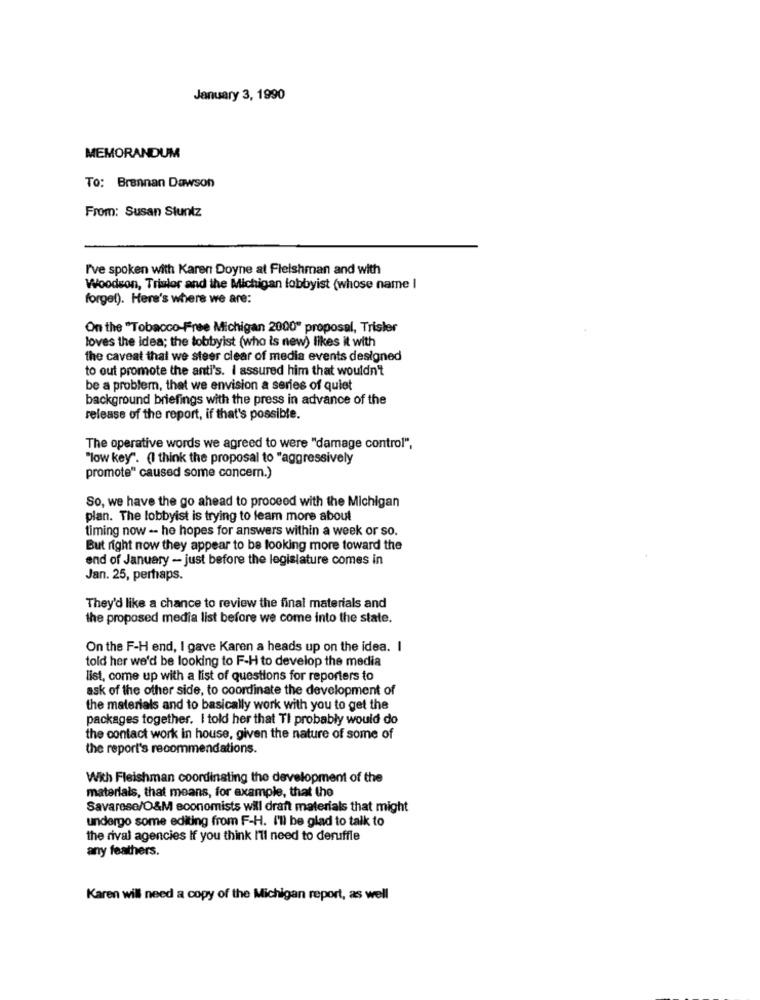
January 3, 1990
MEMORANDUM
To: Brennan Dawson
From: Susan Stuntz
I've spoken with Karen Doyne at Fleishman and with
Woodson, Trislor and the Michigan lobbyist (whose name I
forget). Here's where we are:
On the "Tobacco-Free Michigan 2000" proposal, Trisler
loves the idea; the tobbyist (who is new) likes it with
the caveat that we steer clear of media events designed
to out promote the anti's. I assured him that wouldn't
be a problem, that we envision a series of quiet
background briefings with the press in advance of the
release of the report, if that's possible.
The operative words we agreed to were "damage control",
"low key". (I think the proposal to "aggressively
promote" caused some concem.)
So, we have the go ahead to proceed with the Michigan
plan. The lobbyist is trying to leam more about
timing now -- he hopes for answers within a week or so.
But right now they appear to be looking more toward the
end of January - just before the legislature comes in
Jan. 25, perhaps.
They'd like a chance to review the final materials and
the proposed media list before we come into the state.
On the F-H end, I gave Karen a heads up on the idea. I
told her we'd be looking to F-H to develop the media
list, come up with a list of questions for reporters to
ask of the other side, to coordinate the development of
the materials and to basically work with you to get the
packages together. I told her that TI probably would do
the contact work in house, given the nature of some of
the report's recommendations.
With Fleishman coordinating the development of the
materials, that means, for example, that the
Savarese/O&M economists will draft materials that might
undergo some editing from F-H. I'll be glad to talk to
the rival agencies If you think I'll need to deruffle
any feathers.
Karen will need a copy of the Michigan report, as well